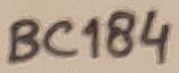
Text: BC184